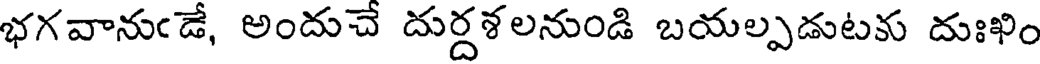
భగవానుఁడే, అందుచే దుర్దశలనుండి బయల్పడుటకు దుఃఖిం